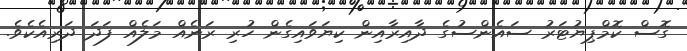
ގޮސް ކޮމްޕިޔުޓަރު ސައެންސުގެ ދާއިރާއިން ކިޔަވައިގެން ހުރި ރަނެއް މަލެއް ފަދަ ދަރިއެކެވެ.